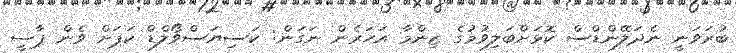
ބުރަވަނީ ނެދަލޭންޑްސް ކޮޅަށްބަލިވުމުގެ ޒިންމާ އަހަރެން ނަގަން: ކަސިޔަސްވޯލްޑް ކަޕަށް ވެން ޕާސީ